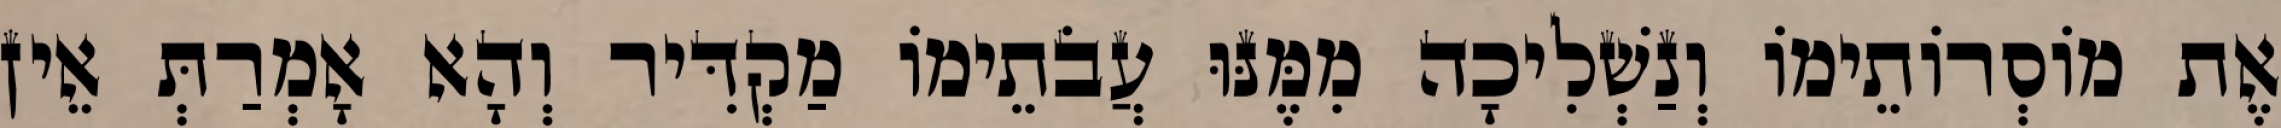
אֶת מוֹסְרוֹתֵימוֹ וְנַשְׁלִיכָה מִמֶּנּוּ עֲבֹתֵימוֹ מַקְדִּיר וְהָא אָמְרַתְּ אֵין